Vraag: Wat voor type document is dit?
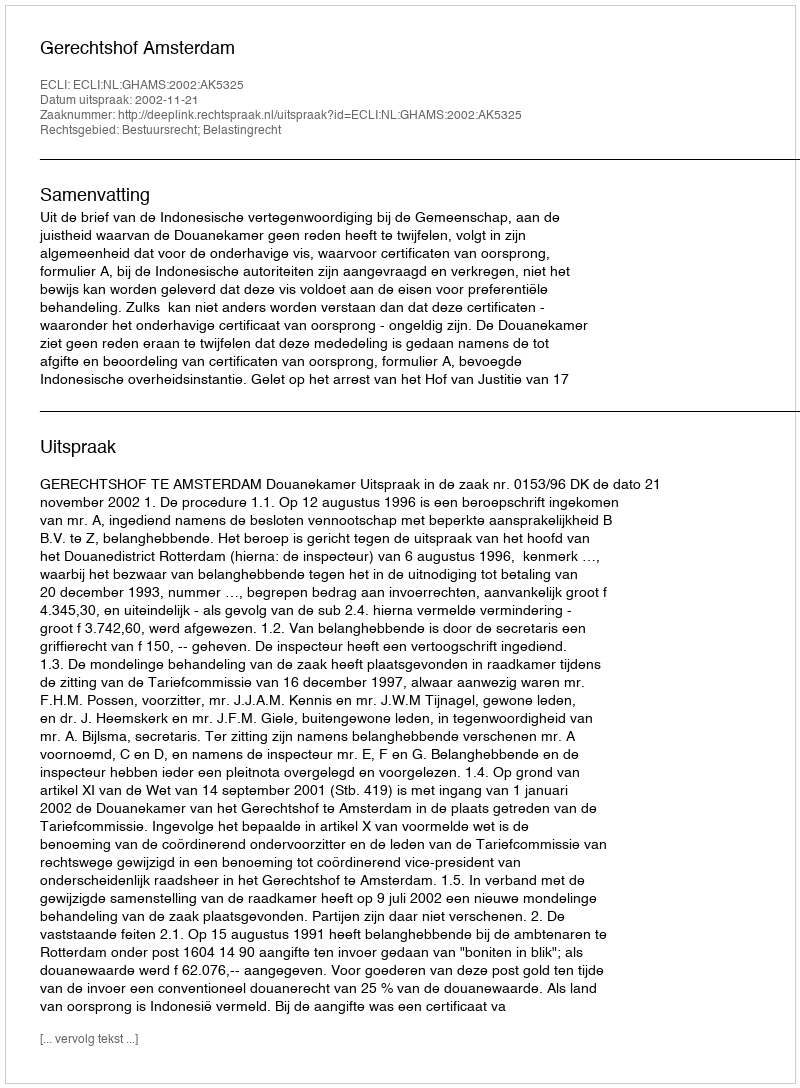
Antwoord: Uitspraak